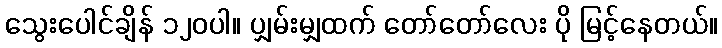
သွေးပေါင်ချိန် ၁၂၀ပါ။ ပျှမ်းမျှထက် တော်တော်လေး ပို မြင့်နေတယ်။